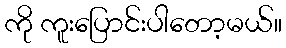
ကို ကူးပြောင်းပါတော့မယ်။